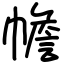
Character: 幨